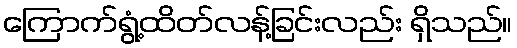
ကြောက်ရွံ့ထိတ်လန့်ခြင်းလည်း ရှိသည်။